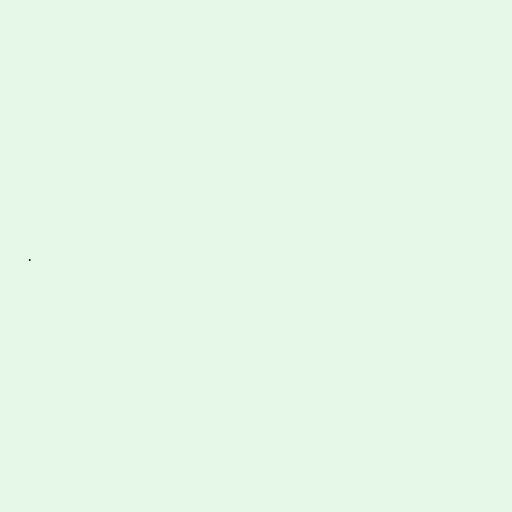
.